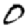
Digit: 0